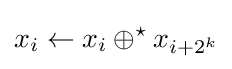
x_{i}\gets x_{i}\oplus ^{\star }x_{i+2^{k}}